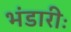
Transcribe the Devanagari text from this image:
भंडारीः